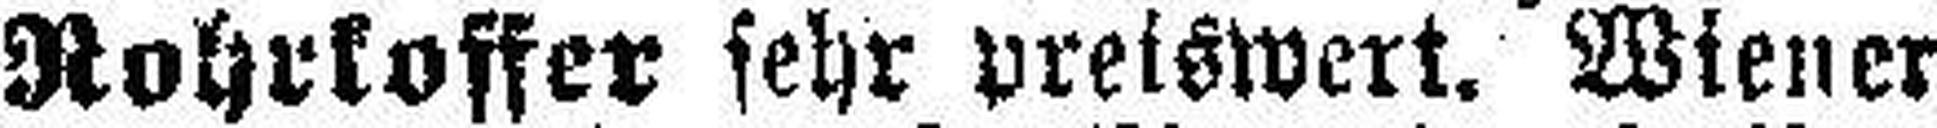
Rohrkoffer sehr preiswert. Wiener